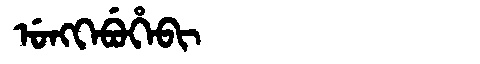
Manchu: ᡠᠩᡴᡝᠪᡠᡥᡝᠪᡳ
Romanization: UNGKEBUHEBI